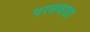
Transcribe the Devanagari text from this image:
परसवाडा